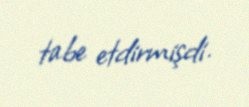
tabe etdirmişdi.